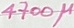
Text: 4700µ